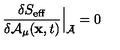
{ \frac { \delta S _ { \mathrm { e f f } } } { \delta { \cal A } _ { \mu } ( { { \bf x } , t } ) } } \Bigr | _ { \bar { \cal A } } = 0